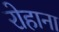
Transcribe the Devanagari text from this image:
रोहाना